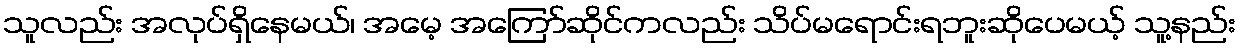
သူလည်း အလုပ်ရှိနေမယ်၊ အမေ့ အကြော်ဆိုင်ကလည်း သိပ်မရောင်းရဘူးဆိုပေမယ့် သူ့နည်း